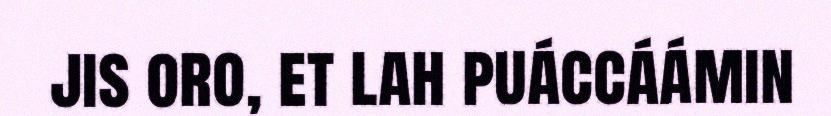
jis oro, et lah puáccáámin